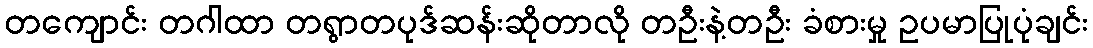
တကျောင်း တဂါထာ တရွာတပုဒ်ဆန်းဆိုတာလို တဦးနဲ့တဦး ခံစားမှု ဥပမာပြုပုံချင်း